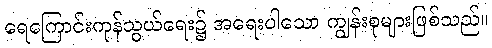
ရေကြောင်းကုန်သွယ်ရေး၌ အရေးပါသော ကျွန်းစုများဖြစ်သည်။